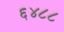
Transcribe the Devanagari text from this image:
६४८८